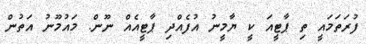
ފުރަތަމައީ ތި ޕާޓީއަ ކީ ޔާމީނު އުފެއްދި ޕާޓީއެއް ނޫން. މައުމޫނު އަތުން